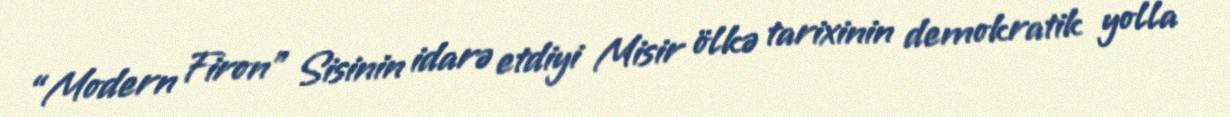
“Modern Firon” Sisinin idarə etdiyi Misir ölkə tarixinin demokratik yolla